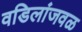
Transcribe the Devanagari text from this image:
वडिलांजवळ